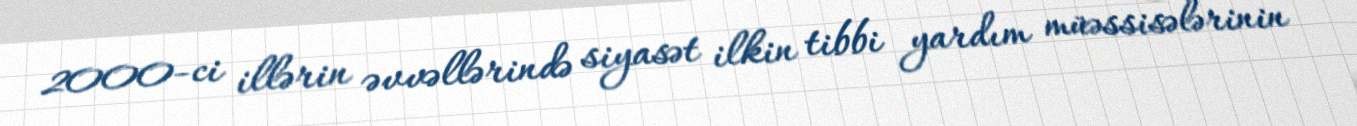
2000-ci illərin əvvəllərində siyasət ilkin tibbi yardım müəssisələrinin